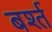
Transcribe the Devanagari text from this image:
बर्श्त